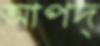
আপদ্‌